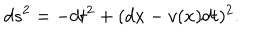
d s ^ { 2 } = - d t ^ { 2 } + ( d x - v ( x ) d t ) ^ { 2 } .